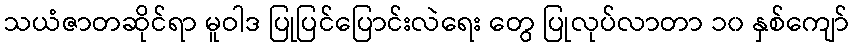
သယံဇာတဆိုင်ရာ မူဝါဒ ပြုပြင်ပြောင်းလဲရေး တွေ ပြုလုပ်လာတာ ၁၀ နှစ်ကျော်